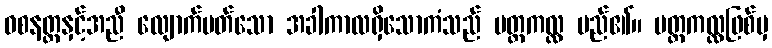
ဝစနတ္ထနှင့်အညီ လျောက်ပတ်သော အခါကာလရှိသောကံသည် ပတ္တကလ္လ မည်၏။ ပတ္တကလ္လဖြစ်မှ